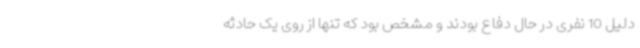
دلیل 10 نفری در حال دفاع بودند و مشخص بود که تنها از روی یک حادثه